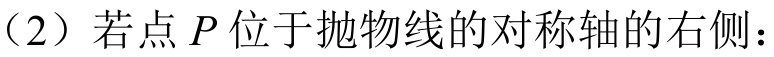
（2）若点\(P\)位于抛物线的对称轴的右侧：